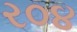
ર૦૪